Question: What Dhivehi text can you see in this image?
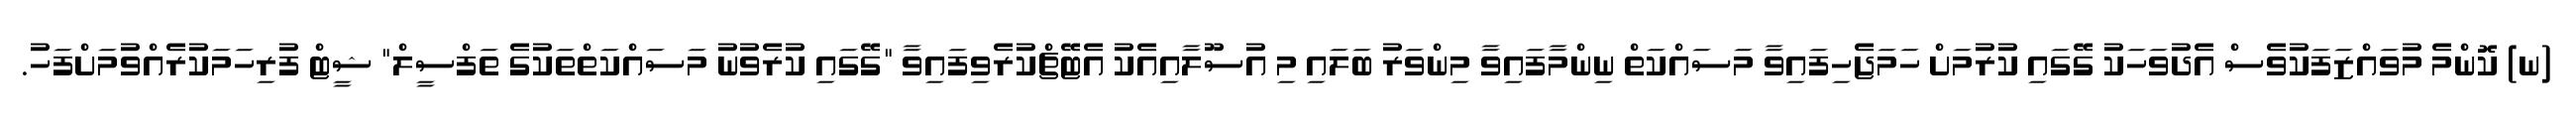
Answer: (ނ) ކޮންމެ މުވައްޒަފަކުވެސް އެދުވަހަކު ގޭގައި ކުރުމަށް ހަމަޖެހިފައިވާ މަސައްކަތް ނިންމާފައިވާ މިންވަރު ބަލައި މި އުސޫލާއިއެކު އެޓޭޗްކުރެވިފައިވާ "ގޭގައި ކުރެވުނު މަސައްކަތްތަކުގެ ތަފްސީލް" ޝީޓް ފުރިހަމަކުރެއްވުމަށްފަހު.